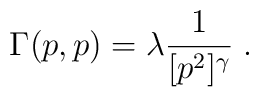
\Gamma(p,p) = \lambda\frac{1}{[p^2]^\gamma}\;.